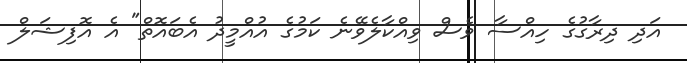
އަދި ދިރާގުގެ ހިއްސާ ވެސް ވިއްކާލެވޭނެ ކަމުގެ އުއްމީދު އެބައޮތް" އެ އޮފިޝަލް